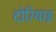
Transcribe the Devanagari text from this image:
दोरियाइ